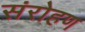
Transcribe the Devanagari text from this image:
संरोहण